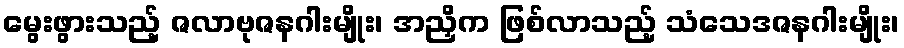
မွေးဖွားသည့် ဇလာဗုဇနဂါးမျိုး၊ အညှိက ဖြစ်လာသည့် သံသေဒဇနဂါးမျိုး၊